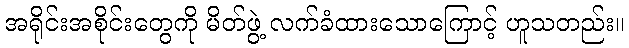
အရိုင်းအစိုင်းတွေကို မိတ်ဖွဲ့ လက်ခံထားသောကြောင့် ဟူသတည်း။